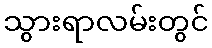
သွားရာလမ်းတွင်